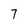
Character: 7